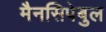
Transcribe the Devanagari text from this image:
मैनसिपेबुल